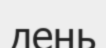
день